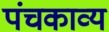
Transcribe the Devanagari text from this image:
पंचकाव्य